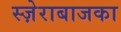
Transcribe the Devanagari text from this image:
स्ज़ेराबाजका